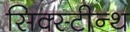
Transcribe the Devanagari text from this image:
सिक्स्टीन्थ